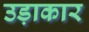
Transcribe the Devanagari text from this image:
उड़ाकार